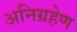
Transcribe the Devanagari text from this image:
अनिग्रहेण